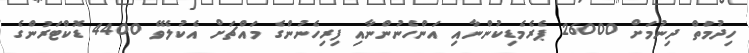
ހިދުމަތް ދިނުމަށް 26000 ޕެރެމެޑިކުންނާއި އަންހެނުންނާއި ފިރިހެނުންގެ މައްޗަށް އެކުލެވޭ 4400 ޑޮކްޓަރުންގެ